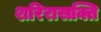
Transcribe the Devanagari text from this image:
शरिरासक्ति